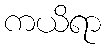
ကယိရာ